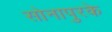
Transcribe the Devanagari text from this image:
सोनापुरके